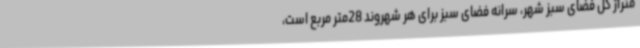
متراژ کل فضای سبز شهر، سرانه فضای سبز برای هر شهروند 28متر مربع است،